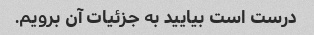
درست است بیایید به جزئیات آن برویم.